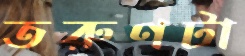
তরুণটা